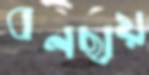
বনছায়